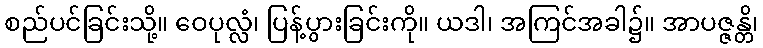
စည်ပင်ခြင်းသို့။ ဝေပုလ္လံ၊ ပြန့်ပွားခြင်းကို။ ယဒါ၊ အကြင်အခါ၌။ အာပဇ္ဇန္တိ၊